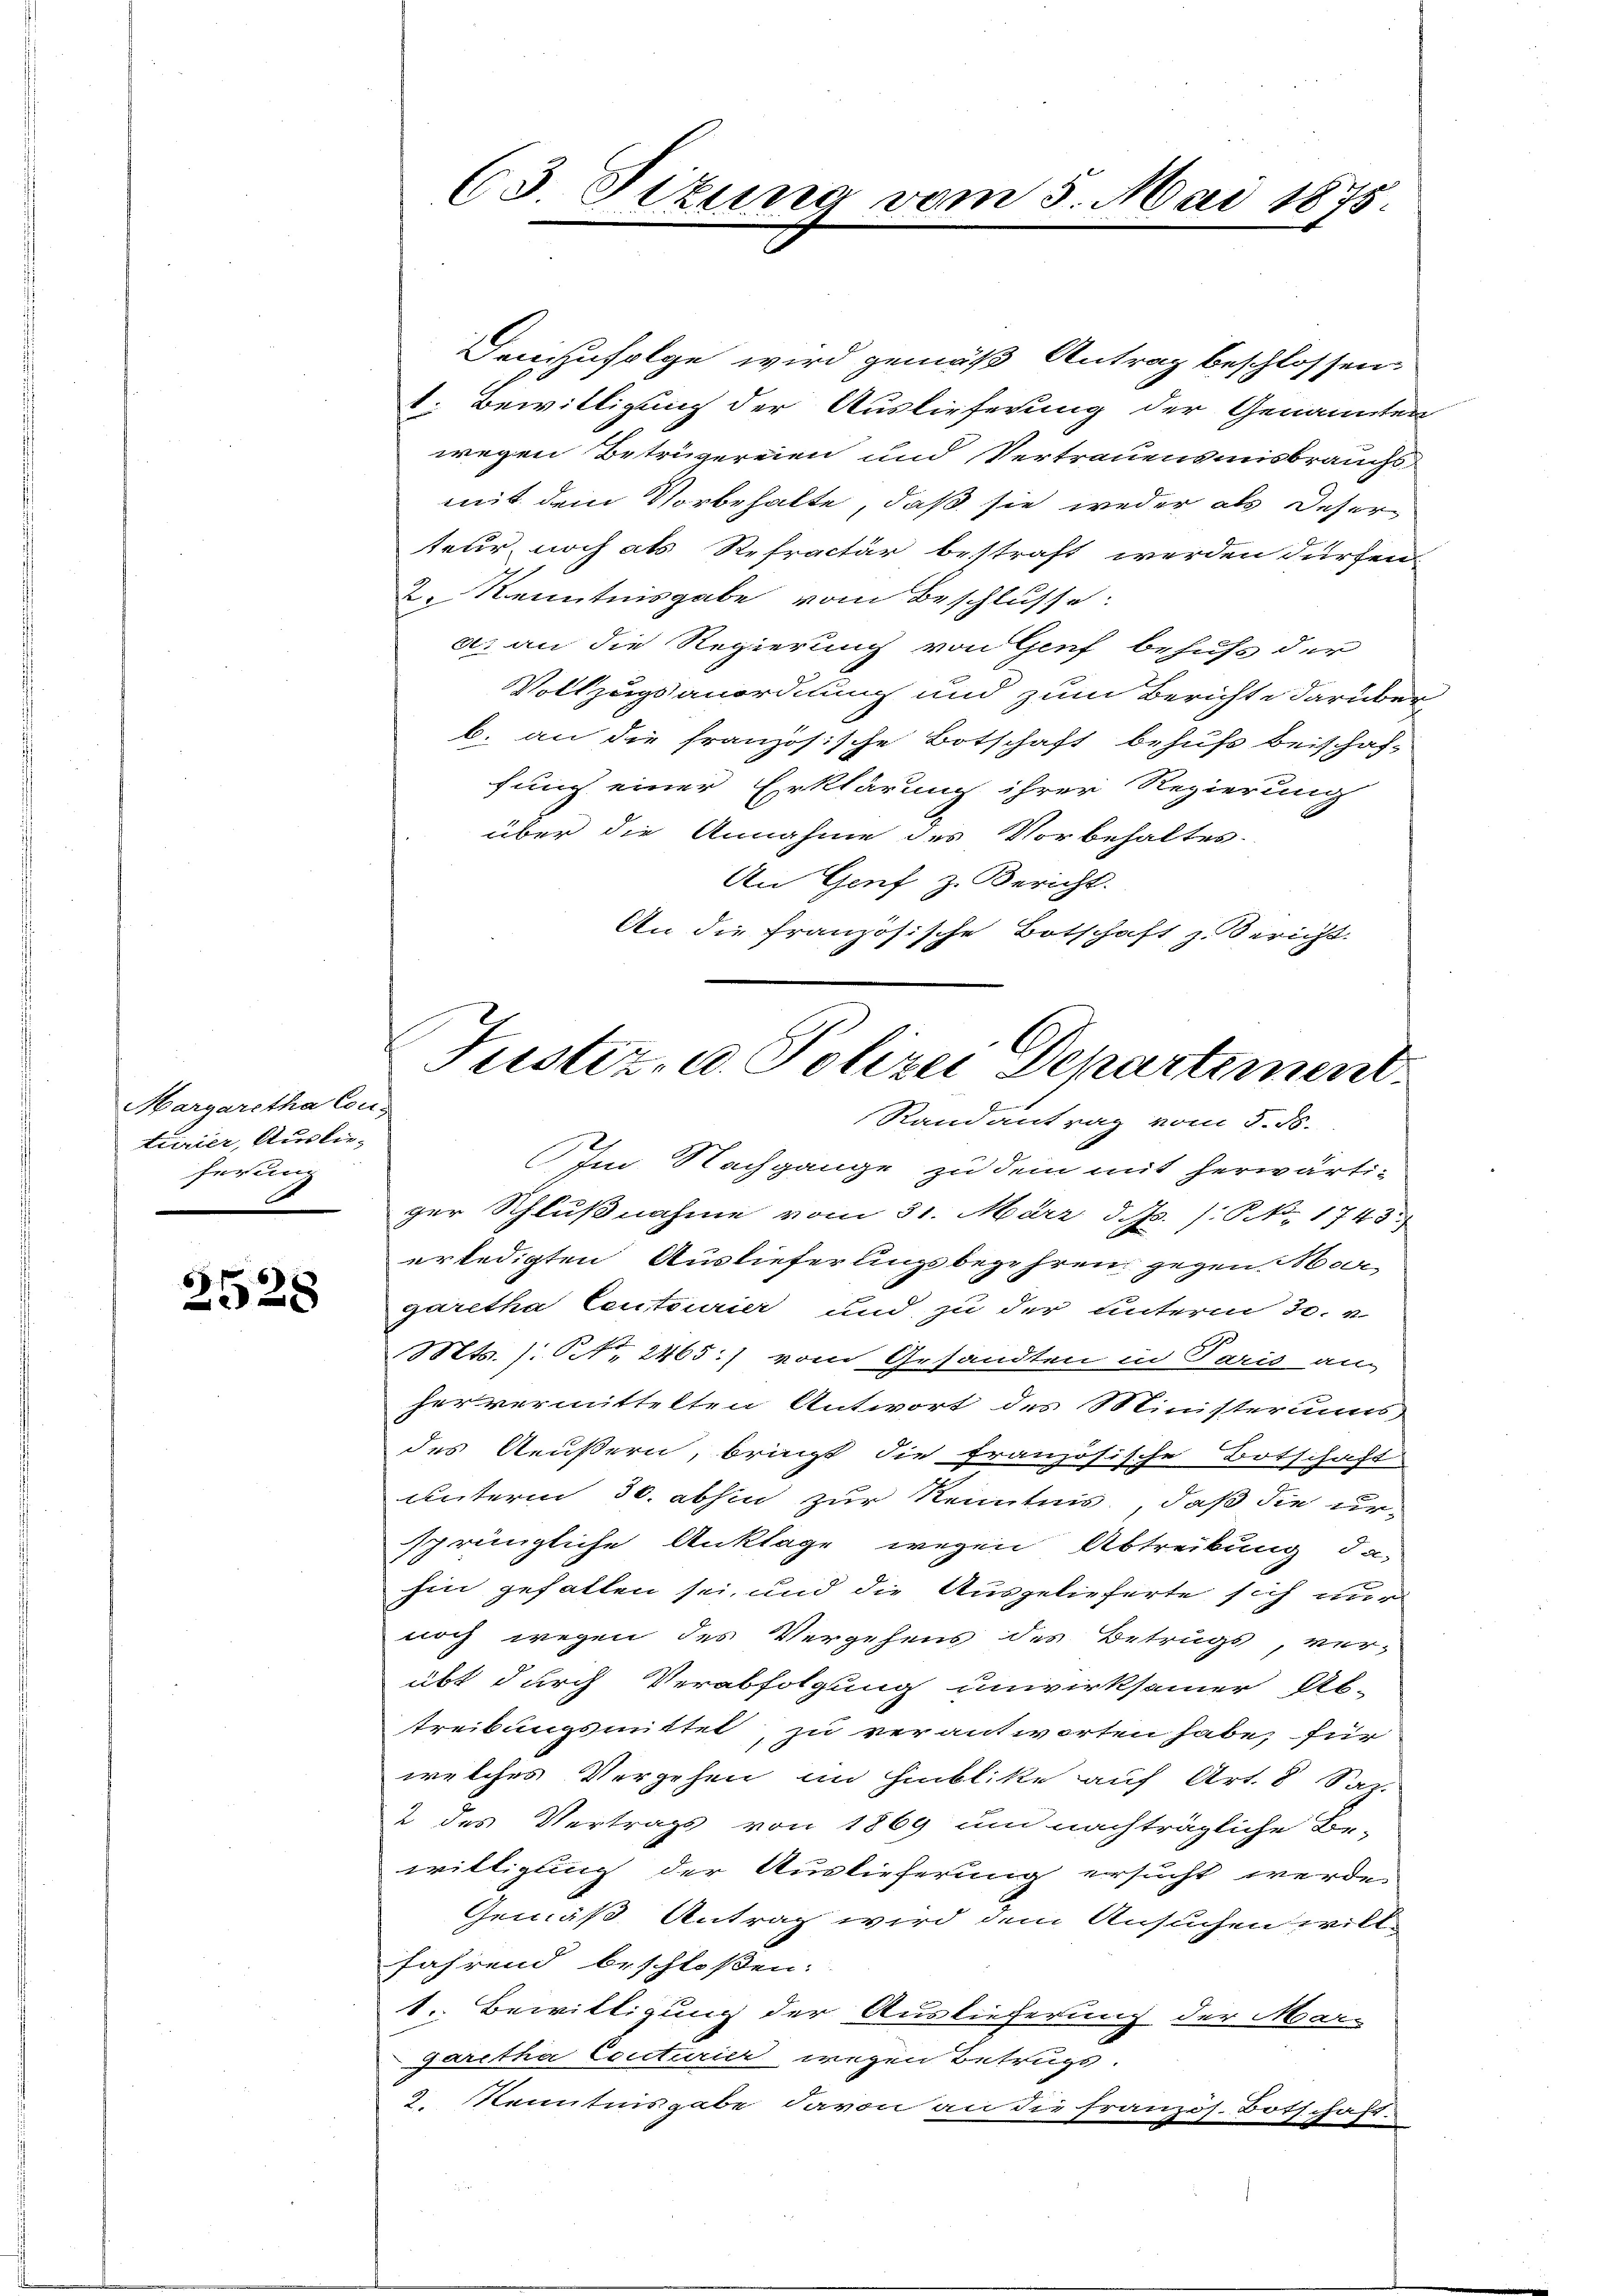
Margaretha Conturier, Auslieferun
A

2528

Demzufolge wird gemäß Antrag beschlossen:
t. Bewilligung der Auslieferung der Genannten
wegen Beträgereien und Vertrauensmisbrauchs
mit dem Vorbehalte, daß sie weder als Deser
teur noch als Refractur bestraft werden dürfen
2. Kenntnisgabe vom Beschlusse:
a. an die Regierung von Genf behufs der
Vollzugsanordnung und zum Berichte darüber
b. an die französische Botschaft behufs beischaffung einer Erklärung ihrer Regierung
über die Annahme des Vorbehaltes.
An Genf z. Bericht.
An die französische Botschaft z. Bericht

63 Sizung vom 5. Mai 1875.

Justiz- u. Polizei Departement
Randantrag vom 5. ds.

Im Nachgange zu dem mit herwärti-
ger Schlŭβnahme vom 31. März d. Ms. /: No. 1743.
erledigten Auslieferungsbegehren gegen Nogaretha Centourier und zu der unterm 30. v
Mts. ). S. 2465) vom Gesandten in Paris an
hervermittelten Antwort des Ministerums,
des Aeußern, bringt die französische Botschaft
unterm 30. abhin zur Kenntnis, daß die ur-
sprüngliche Anklage wegen Abtreibung da-
hin gefallen sei, und die Ausgelieferte sich nur
noch wegen des Vergehens des Betrugs, ver-
übt durch Verabfolgung unwirksamer Ab-
treibungsmittel, zu verantworten habe, für
welches Vergehen im Hinblike auf Art. 8 Saz.
2 des Vertrags von 1869 um nachträgliche Be-
willigung der Auslieferung ersucht werde.
Gemäß Antrag wird dem Ansuchen will
fahrend beschloßen:
1. Bewilligung der Auslieferung der Mar-
garetha Couturier wegen Betrugs.
2. Kenntnisgabe davon an die französ. Botschaft.